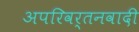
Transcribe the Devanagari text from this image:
अपरिवर्तनवादी